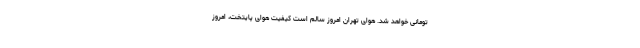
تومانی خواهد شد. هوای تهران امروز سالم است کیفیت هوای پایتخت، امروز